Scottish Leaving Certificate Examination, 1959
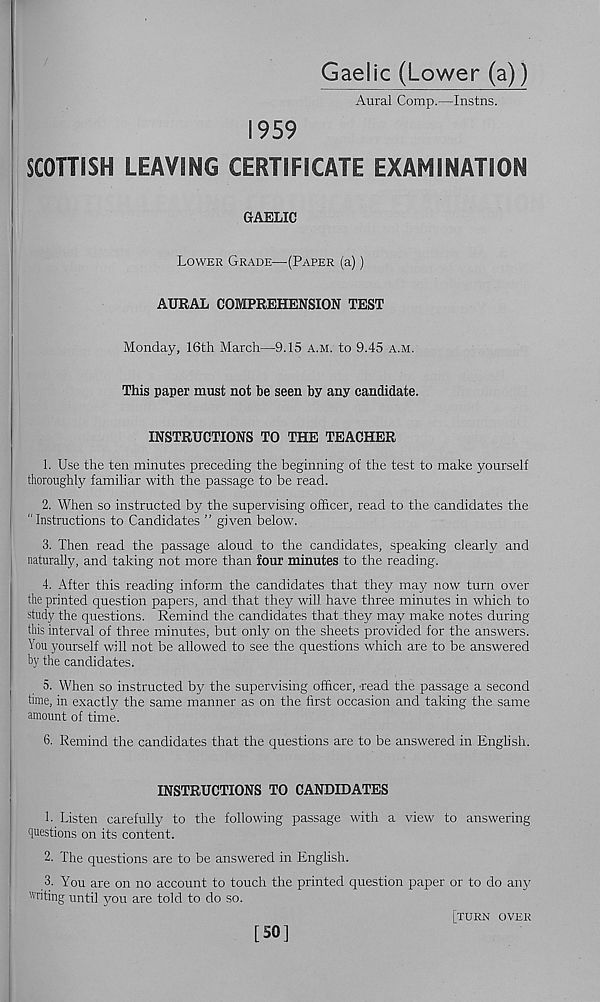
Gaelic (Lower (a))
Aural Comp.—Instns.
1959
SCOTTISH LEAVING CERTIFICATE EXAMINATION
GAELIC
Lower Grade—(Paper (a))
AURAL COMPREHENSION TEST
Monday, 16th March—9.15 a.m. to 9.45 a.m.
This paper must not be seen by any candidate.
INSTRUCTIONS TO THE TEACHER
1. Use the ten minutes preceding the beginning of the test to make yourself
thoroughly familiar with the passage to be read.
2. When so instructed by the supervising officer, read to the candidates the
" Instructions to Candidates ” given below.
3. Then read the passage aloud to the candidates, speaking clearly and
naturally, and taking not more than four minutes to the reading.
4. After this reading inform the candidates that they may now turn over
the printed question papers, and that they will, have three minutes in which to
study the questions. Remind the candidates that they may make notes during
this interval of three minutes, but only on the sheets provided for the answers.
You yourself will not be allowed to see the questions which are to be answered
by the candidates.
5. When so instructed by the supervising officer, read the passage a second
time, in exactly the same manner as on the first occasion and taking the same
amount of time.
6. Remind the candidates that the questions are to be answered in English.
INSTRUCTIONS TO CANDIDATES
1. Listen carefully to the following passage with a view to answering
questions on its content.
2. The questions are to be answered in English.
3. You are on no account to touch the printed question paper or to do any
writing until you are told to do so.
[SO]
[turn over